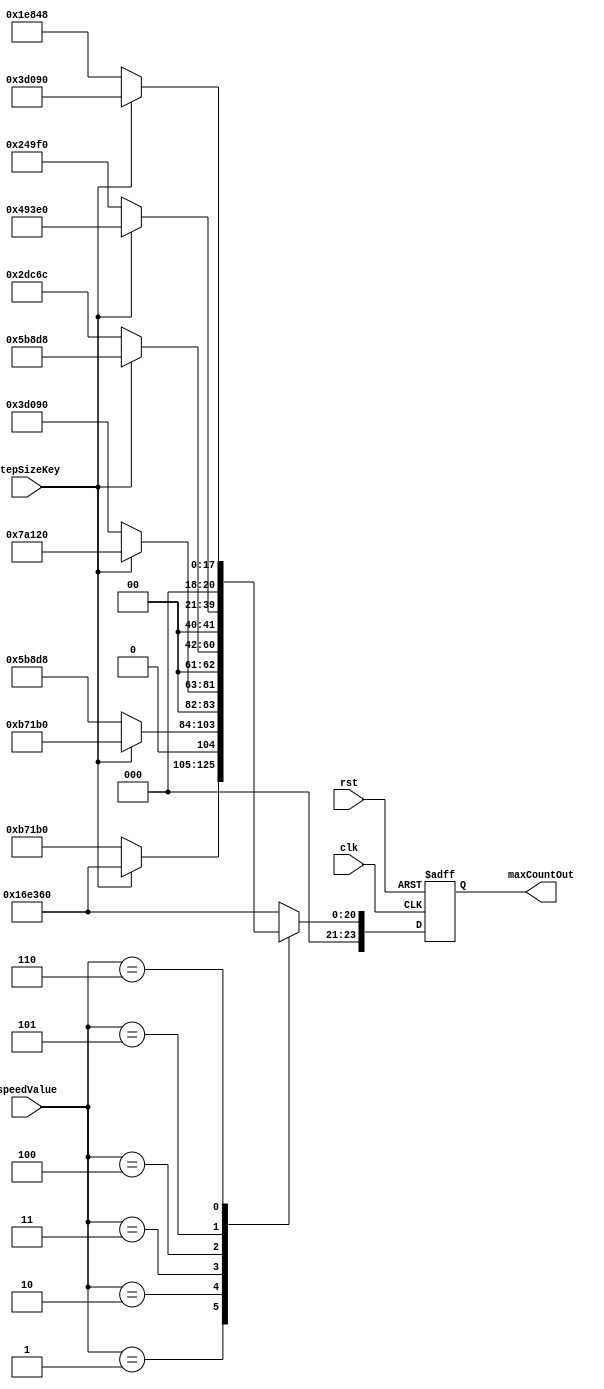
module MaxCount(clk, rst, speedValue, stepSizeKey, maxCountOut);

	// input declarations
	input wire 	clk,
				rst, 
				stepSizeKey; 	// ON(1) = full step ; OFF(0) = half step
				
	input wire [3:0] speedValue;
	
	//output declarations
	output reg [23:0] maxCountOut;
	
	//speed values
	parameter   speed10 = 4'b0001,
				speed20 = 4'b0010,
				speed30 = 4'b0011,
				speed40 = 4'b0100,
				speed50 = 4'b0101,
				speed60 = 4'b0110;
	
	// 50MHz clk
	parameter 	count10_full_step = 24'h16e360,
				count20_full_step = 24'hb71b0,
				count30_full_step = 24'h7a120,
				count40_full_step = 24'h5b8d8,
				count50_full_step = 24'h493e0,
				count60_full_step = 24'h3d090;
	
	parameter 	count10_half_step = 24'hb71b0,
				count20_half_step = 24'h5b8d8,
				count30_half_step = 24'h3d090,
				count40_half_step = 24'h2dc6c,
				count50_half_step = 24'h249f0,
				count60_half_step = 24'h1e848;
				
	
	always @ (posedge clk or negedge rst)
	begin

		if (~rst)							// restart. reset enable at 0
			maxCountOut = count10_full_step; 	// on reset set maax_count to speed10
		else
			case(speedValue)
				  speed10:	maxCountOut = stepSizeKey ? count10_full_step : count10_half_step;
				  speed20:	maxCountOut = stepSizeKey ? count20_full_step : count20_half_step;
				  speed30:	maxCountOut = stepSizeKey ? count30_full_step : count30_half_step;
				  speed40:	maxCountOut = stepSizeKey ? count40_full_step : count40_half_step;
				  speed50:	maxCountOut = stepSizeKey ? count50_full_step : count50_half_step;
				  speed60:	maxCountOut = stepSizeKey ? count60_full_step : count60_half_step;
				  default:	maxCountOut = count10_full_step; 
			endcase // case		
	end	


endmodule